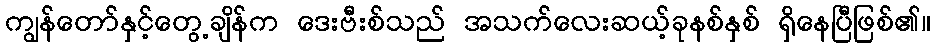
ကျွန်တော်နှင့်တွေ့ချိန်က ဒေးဗီးစ်သည် အသက်လေးဆယ့်ခုနစ်နှစ် ရှိနေပြီဖြစ်၏။